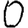
Digit: 0